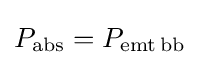
P_{\rm {abs}}=P_{\rm {emt\,bb}}